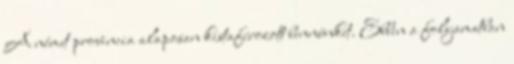
A német provincia alaposan kistafírozott bennünket. Ebben a folyamatban